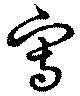
寫